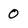
Character: 0